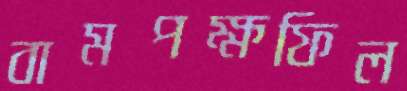
বামপক্ষফিল